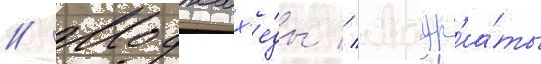
// Моджах'е́ды // Лаур'еа́ты